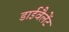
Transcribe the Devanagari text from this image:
डाईवैलेंट